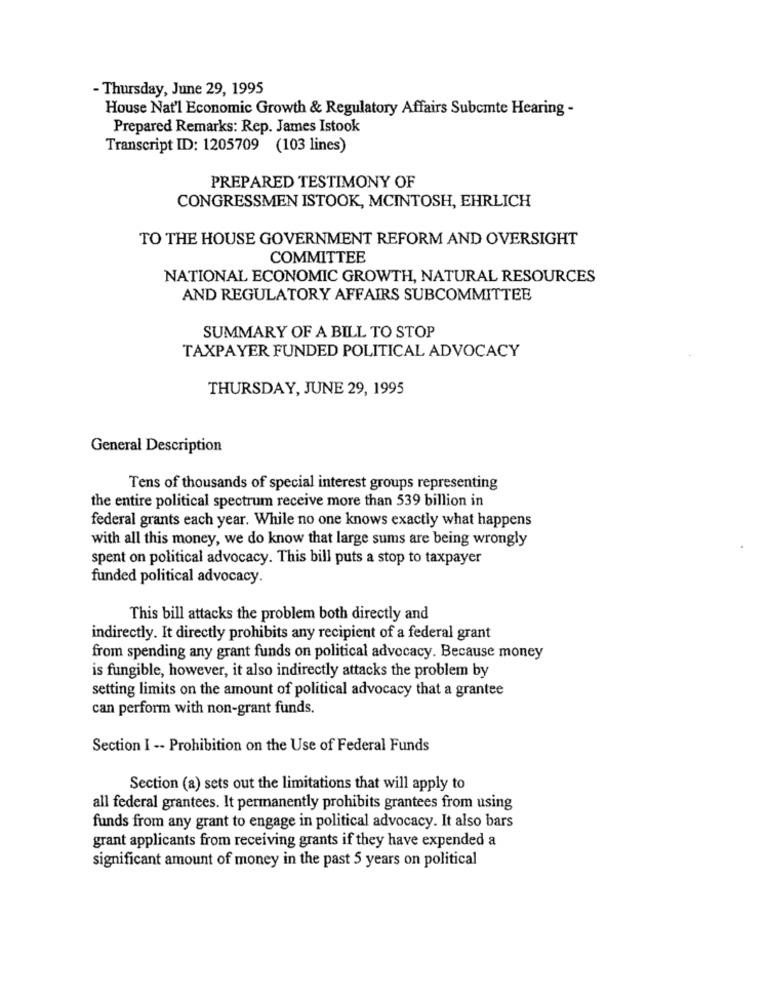
- Thursday, June 29, 1995
House Nat'l Economic Growth & Regulatory Affairs Subcmte Hearing -
Prepared Remarks: Rep. James Istook
Transcript ID: 1205709 (103 lines)
PREPARED TESTIMONY OF
CONGRESSMEN ISTOOK, MCINTOSH, EHRLICH
TO THE HOUSE GOVERNMENT REFORM AND OVERSIGHT
COMMITTEE
NATIONAL ECONOMIC GROWTH, NATURAL RESOURCES
AND REGULATORY AFFAIRS SUBCOMMITTEE
SUMMARY OF A BILL TO STOP
TAXPAYER FUNDED POLITICAL ADVOCACY
THURSDAY, JUNE 29, 1995
General Description
Tens of thousands of special interest groups representing
the entire political spectrum receive more than 539 billion in
federal grants each year. While no one knows exactly what happens
with all this money, we do know that large sums are being wrongly
spent on political advocacy. This bill puts a stop to taxpayer
funded political advocacy.
This bill attacks the problem both directly and
indirectly. It directly prohibits any recipient of a federal grant
from spending any grant funds on political advocacy. Because money
is fungible, however, it also indirectly attacks the problem by
setting limits on the amount of political advocacy that a grantee
can perform with non-grant funds.
Section I -- Prohibition on the Use of Federal Funds
Section (a) sets out the limitations that will apply to
all federal grantees. It permanently prohibits grantees from using
funds from any grant to engage in political advocacy. It also bars
grant applicants from receiving grants if they have expended a
significant amount of money in the past 5 years on political